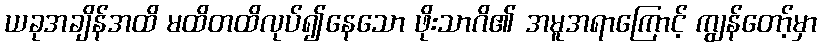
ယခုအချိန်အထိ မထိတထိလုပ်၍နေသော ဖိုးသာဂိ၏ အမူအရာကြောင့် ကျွန်တော့်မှာ